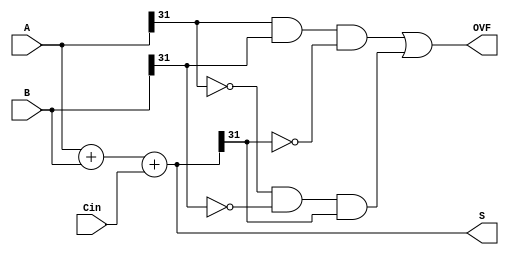
// carry look ahead adder
//module adder (A, B, Cin, S, P, G, OVF);
module adder (A, B, Cin, S, OVF);

	////////
	// IO //
	////////
  input  [31:0]  A, B;
  input          Cin;
//  output [31:0]	 S, P, G;
  output [31:0]	 S;
  output OVF;
	
	// P, G
//	assign G = A & B; // carry generate
//  assign P = A ^ B; // carry propagate
	
	// let the synthesis tools do all the work for the adder
	assign S = A + B + Cin;
	assign OVF = (A[31] & B[31] & ~S[31]) | (~A[31] & ~B[31] & S[31]);
	
	/*
	/////////////////////////////
	// Ripple Carry Type Adder //
	/////////////////////////////
	reg		[31:0]  carrychain;
  wire	[32:0] shiftedcarry;
	 
	// Carry Chain
	always @(*) begin : carry_generation
		integer i;
		carrychain[0] = G[0] + (P[0] & Cin);
		for(i = 1; i <= 31; i = i + 1) begin
			carrychain[i] = G[i] + (P[i] & carrychain[i-1]);
		end
  end
	
	// Sum
	assign shiftedcarry = {carrychain,Cin};
  assign S = P ^ shiftedcarry[31:0];    // summation
	
	// Overflow
	assign OVF = shiftedcarry[32] ^ shiftedcarry[31];
	*/

	
	
endmodule

// End of Ripple Carry Adder



/*
	////////////////////////////////
	// Carry LookAhead Type Adder //
	////////////////////////////////
	wire	[7:0]		group_P, group_G, group_Cin;

	// 8 4-bit CLAs that interface directly with the bits
	CLA cla_0 (.P(group_P[0]), .G(group_G[0]), .C(carrychain[3:0]), 
							.Pin(P[3:0]), .Gin(G[3:0]),	.Cin(group_Cin[0]));
	CLA cla_1 (.P(group_P[1]), .G(group_G[1]), .C(carrychain[7:4]), 
							.Pin(P[7:4]), .Gin(G[7:4]), .Cin(group_Cin[1]));
	CLA cla_2 (.P(group_P[2]), .G(group_G[2]), .C(carrychain[11:8]), 
							.Pin(P[11:8]), .Gin(G[11:8]), .Cin(group_Cin[2]));
	CLA cla_3 (.P(group_P[3]), .G(group_G[3]), .C(carrychain[15:12]), 
							.Pin(P[15:12]), .Gin(G[15:12]), .Cin(group_Cin[3]));
	CLA cla_4 (.P(group_P[4]), .G(group_G[4]), .C(carrychain[19:16]), 
							.Pin(P[19:16]), .Gin(G[19:16]), .Cin(group_Cin[4]));
	CLA cla_5 (.P(group_P[5]), .G(group_G[5]), .C(carrychain[23:20]), 
							.Pin(P[23:20]), .Gin(G[23:20]), .Cin(group_Cin[5]));
	CLA cla_6 (.P(group_P[6]), .G(group_G[6]), .C(carrychain[27:24]), 
							.Pin(P[27:24]), .Gin(G[27:24]), .Cin(group_Cin[6]));
	CLA cla_7 (.P(group_P[7]), .G(group_G[7]), .C(carrychain[31:28]), 
							.Pin(P[31:28]), .Gin(G[31:28]), .Cin(group_Cin[7]));
		
	// 2 MS 4-bit CLAs that interface with the lower level CLAs
	CLA cla_lvl1_0 (.C(group_Cin[3:0]), .Cout(carry_lvl1), .Pin(group_P[3:0]), .Gin(group_G[3:0]), .Cin(Cin));
	CLA cla_lvl1_1 (.C(group_Cin[7:4]), .Cout(Cout), .Pin(group_P[7:4]), .Gin(group_G[7:4]), .Cin(carry_lvl1));
	
	// Sum
  assign S = P ^ carrychain;
	
	// Overflow
	assign OVF = Cout ^ carrychain[31];

endmodule

// Carry Look-Ahead Unit
module CLA (P, G, C, Cout, Pin, Gin, Cin);

	// I/O
	output	[3:0] C;
	output				Cout, P, G;
	input		[3:0] Pin, Gin;
	input					Cin;
	
	assign C[0] = Cin;
	assign C[1] = Gin[0] | (Pin[0] & Cin);
	assign C[2] = Gin[1] | (Pin[1] & Gin[0]) | (Pin[1] & Pin[0] & Cin);
	assign C[3] = Gin[2] | (Pin[2] & Gin[1]) | (Pin[2] & Pin[1] & Gin[0]) | (Pin[2] & Pin[1] & Pin[0] & Cin);
	assign Cout = Gin[3] | (Pin[3] & Gin[2]) | (Pin[3] & Pin[2] & Gin[1]) | (Pin[3] & Pin[2] & Pin[1] & Gin[0]) | (Pin[3] & Pin[2] & Pin[1] & Pin[0] & Cin);
	
	assign P = &Pin;
	assign G = Gin[3] | (Pin[3]&Gin[2]) | (Pin[3]&Pin[2]& Gin[1]) | (Pin[3]&Pin[2]&Pin[1]&Gin[0]);
	
endmodule

// End of Carry LookAhead Adder
*/